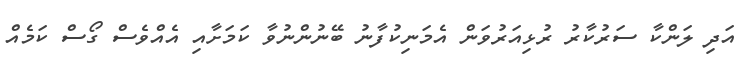
އަދި ލަންކާ ސަރުކާރު ރުޅިއަރުވަން އެމަނިކުފާނު ބޭނުންނުވާ ކަމަށާއި އެއްވެސް ގޯސް ކަމެއް